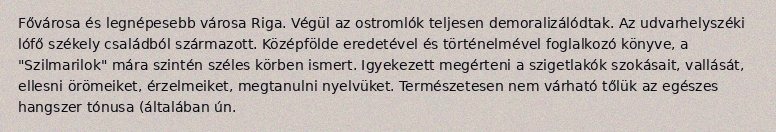
Fővárosa és legnépesebb városa Riga. Végül az ostromlók teljesen demoralizálódtak. Az udvarhelyszéki lófő székely családból származott. Középfölde eredetével és történelmével foglalkozó könyve, a "Szilmarilok" mára szintén széles körben ismert. Igyekezett megérteni a szigetlakók szokásait, vallását, ellesni örömeiket, érzelmeiket, megtanulni nyelvüket. Természetesen nem várható tőlük az egészes hangszer tónusa (általában ún.